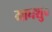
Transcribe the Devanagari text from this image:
माघशु०